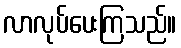
လာလုပ်ပေးကြသည်။